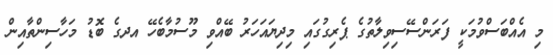
މި އެއްބަސްވުމަކީ ފަރަންސޭސިވިލާތުގެ ޕެރިގުގައި މިދިޔައަހަރު ބޭއްވި މޫސުމާބެހޭ އދގެ ބޮޑު މަހާސިންތާއިން